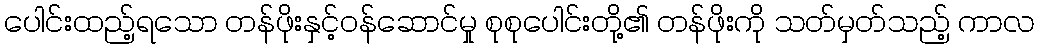
ပေါင်းထည့်ရသော တန်ဖိုးနှင့်ဝန်ဆောင်မှု စုစုပေါင်းတို့၏ တန်ဖိုးကို သတ်မှတ်သည့် ကာလ